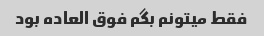
فقط میتونم بگم فوق العاده بود